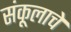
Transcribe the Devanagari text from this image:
संकूलाचे